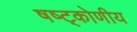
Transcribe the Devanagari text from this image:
षष्ट्कोणीय